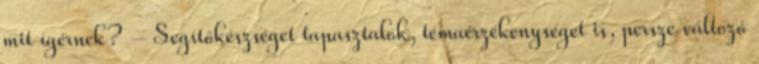
mit ígérnek? – Segítőkészséget tapasztalok, témaérzékenységet is, persze változó